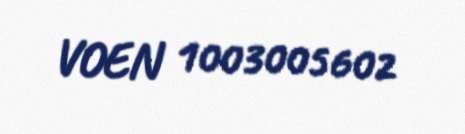
VOEN 1003005602